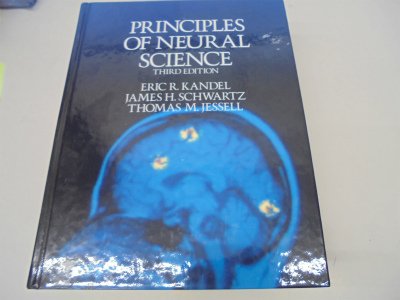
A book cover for Principles of Neural Science; Politics & Social Sciences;